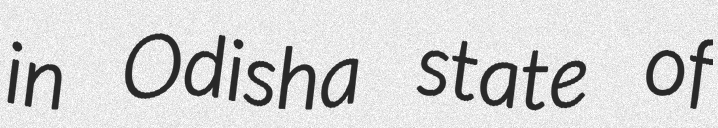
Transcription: in Odisha state of